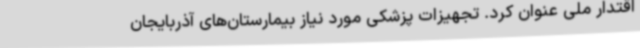
اقتدار ملی عنوان کرد. تجهیزات پزشکی مورد نیاز بیمارستان‌های آذربایجان